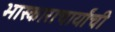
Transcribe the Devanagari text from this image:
भास्काराचार्यांची